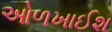
ઓળખાઈશ